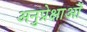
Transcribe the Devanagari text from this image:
अनुप्रेक्षाओं